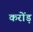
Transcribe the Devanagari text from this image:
करोंड़